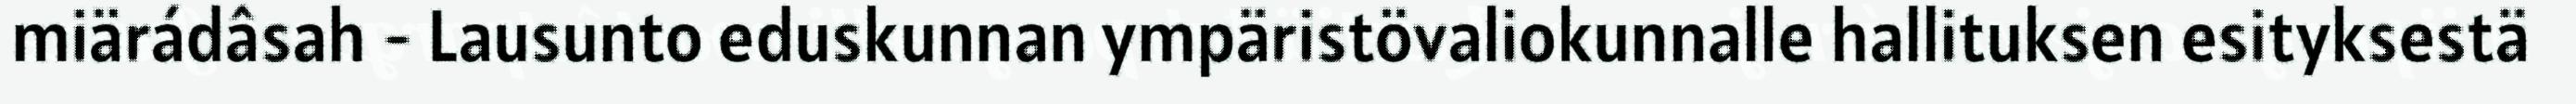
miärádâsah - Lausunto eduskunnan ympäristövaliokunnalle hallituksen esityksestä